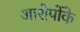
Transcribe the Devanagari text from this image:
आरोपोंके